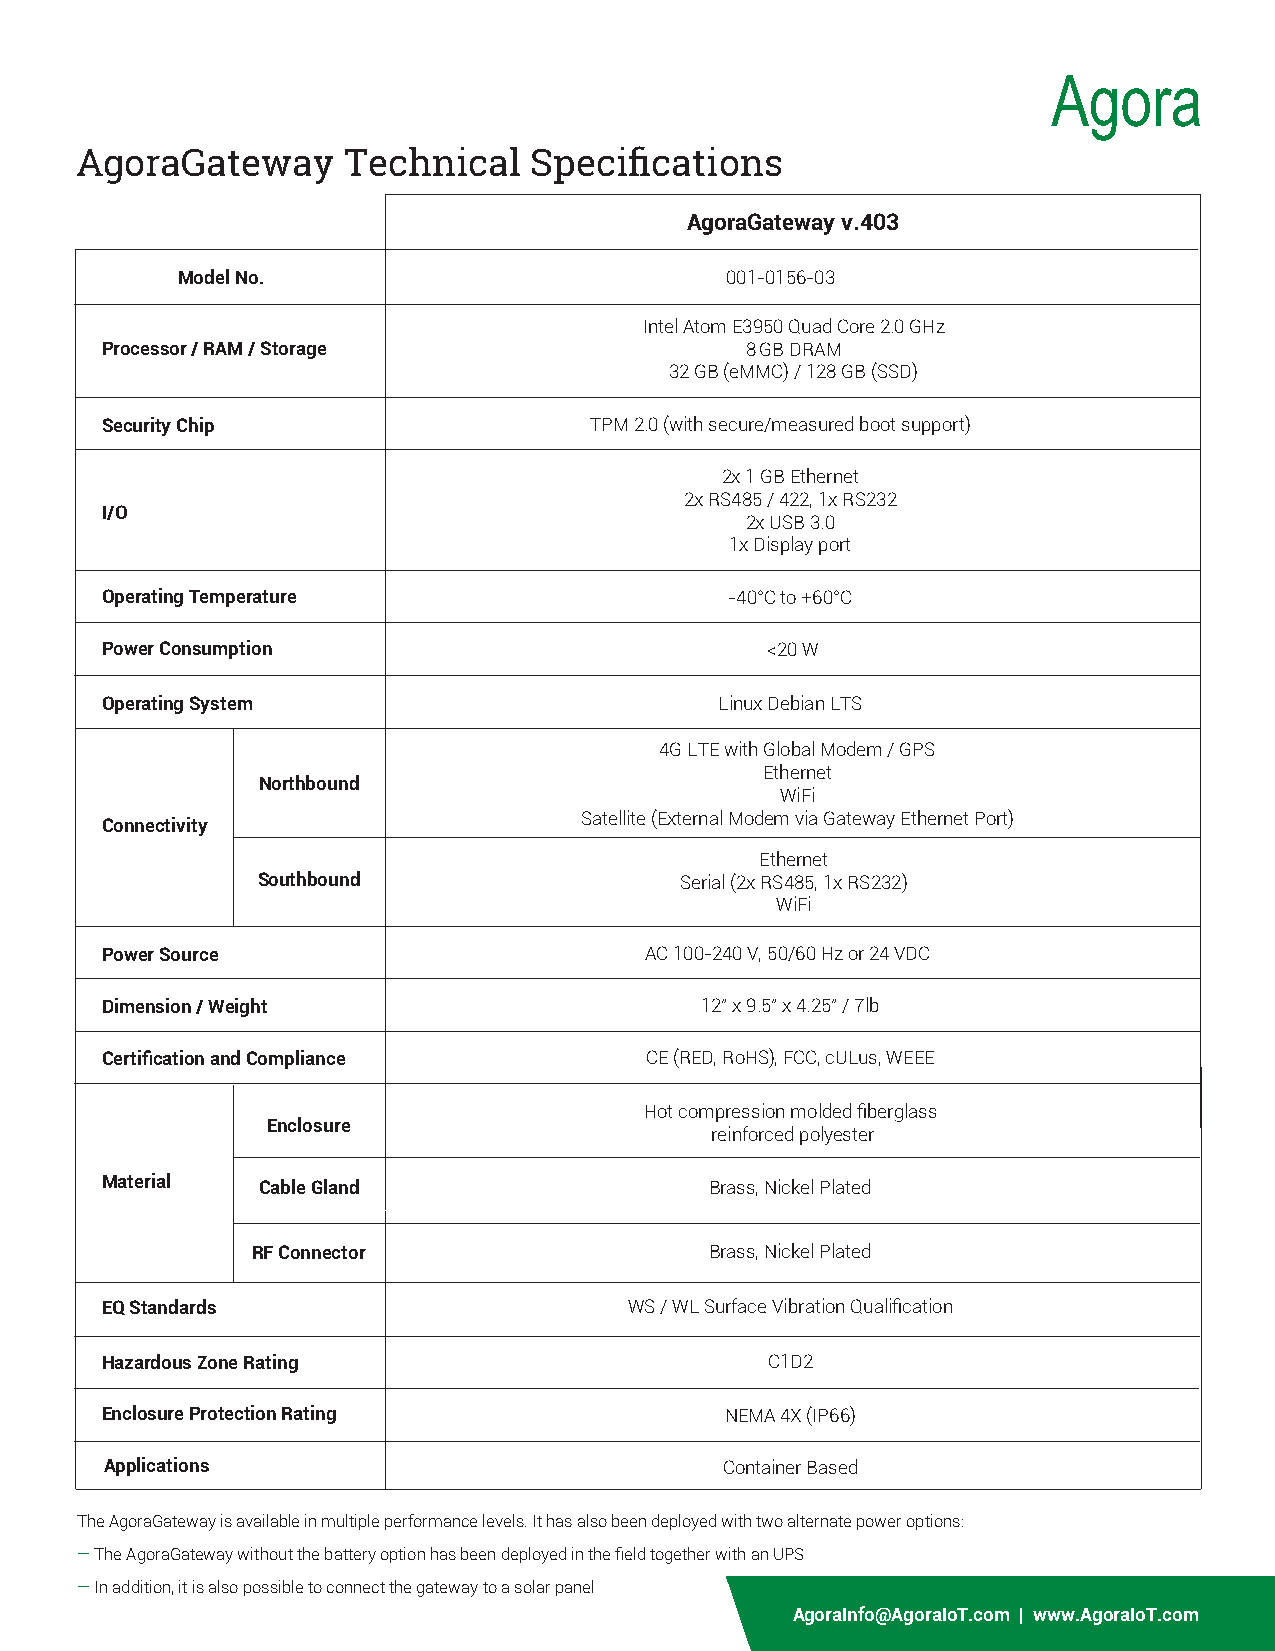
AgoraGateway      Technical   Specifications
 AgoraGateway v.403
 Model No.                           001-0156-03
 Intel Atom E3950 Quad Core 2.0 GHz
 Processor / RAM / Storage                 8 GB DRAM
 32 GB (eMMC) / 128 GB (SSD)
 Security Chip                   TPM 2.0 (with secure/measured boot support)
 2x 1 GB Ethernet
 2x RS485 / 422, 1x RS232
 I/O
 2x USB 3.0
 1x Display port
 Operating Temperature                    -40°C to +60°C
 Power Consumption                           <20 W
 Operating System                         Linux Debian LTS
 4G LTE with Global Modem / GPS
 Ethernet
 Northbound
 WiFi
 Satellite (External Modem via Gateway Ethernet Port)
 Connectivity
 Ethernet
 Southbound                  Serial (2x RS485, 1x RS232)
 WiFi
 Power Source                        AC 100-240 V, 50/60 Hz or 24 VDC
 Dimension / Weight                     12" x 9.5" x 4.25" / 7lb
 Certification and Compliance        CE (RED, RoHS), FCC, cULus, WEEE
 Hot compression molded fiberglass
 Enclosure
 reinforced polyester
 Material  Cable Gland                   Brass, Nickel Plated
 RF Connector                  Brass, Nickel Plated
 EQ Standards                       WS / WL Surface Vibration Qualification
 Hazardous Zone Rating                       C1D2
 Enclosure Protection Rating              NEMA 4X (IP66)
 Applications                             Container Based
 The AgoraGateway is available in multiple performance levels. It has also been deployed with two alternate power options:
 — The AgoraGateway without the battery option has been deployed in the field together with an UPS
 — In addition, it is also possible to connect the gateway to a solar panel
 AgoraInfo@AgoraIoT.com | www.AgoraIoT.com